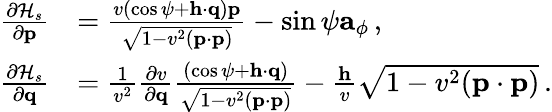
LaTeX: \begin{array}{rl}{\frac{\partial{\cal H}_{s}}{\partial{\mathbf p}}}&{=\frac{v\left(\cos\psi+{\mathbf h}\cdot\mathbf{q}\right){\mathbf p}}{\sqrt{1-v^{2}({\mathbf p}\cdot{\mathbf p})}}-\sin\psi{\mathbf a}_{\phi}\, ,}\\ {\frac{\partial{\cal H}_{s}}{\partial{\mathbf q}}}&{=\frac{1}{v^{2}}\frac{\partial v}{\partial{\mathbf q}}\frac{\left(\cos\psi+{\mathbf h}\cdot\mathbf{q}\right)}{\sqrt{1-v^{2}({\mathbf p}\cdot{\mathbf p})}}-\frac{{\mathbf h}}{v}\sqrt{1-v^{2}({\mathbf p}\cdot{\mathbf p})}\, .}\end{array}